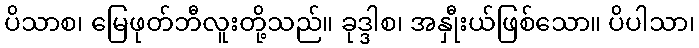
ပိသာစ၊ မြေဖုတ်ဘီလူးတို့သည်။ ခုဒ္ဒါစ၊ အနှီုးယ်ဖြစ်သော။ ပိပါသာ၊